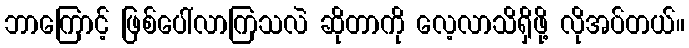
ဘာကြောင့် ဖြစ်ပေါ်လာကြသလဲ ဆိုတာကို လေ့လာသိရှိဖို့ လိုအပ်တယ်။